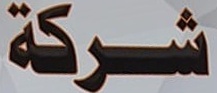
شركة